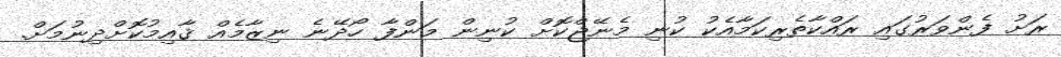
ރަށު ފެންވަރުގައި ރައްކާތެރިކަމާއެކު ކުނި މެނޭޖްކޮށް ކުނިން މަންފާ ހޯދޭނެ ނިޒާމެއް ޤާއިމުކޮށްދިނުމަށް.